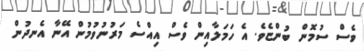
ވެސް ސުމޮން ބުންޏެވެ. އެ ހަމަލާއިން ވެސް އިއްސެ މަރުނުވުމުން އޭނާ އެނދުން